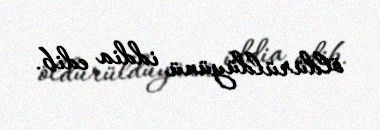
öldürüldüyünü iddia edib.